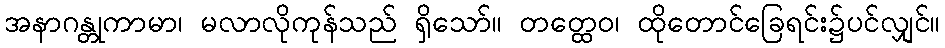
အနာဂန္တုကာမာ၊ မလာလိုကုန်သည် ရှိသော်။ တတ္ထေဝ၊ ထိုတောင်ခြေရင်း၌ပင်လျှင်။